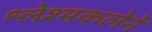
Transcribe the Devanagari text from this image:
श्लेश्मकलेने